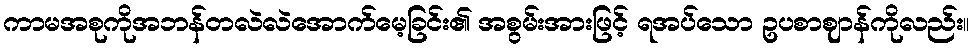
ကာမအစုကိုအဘန်တလဲလဲအောက်မေ့ခြင်း၏ အစွမ်းအားဖြင့် ရအပ်သော ဥပစာဈာန်ကိုလည်း။